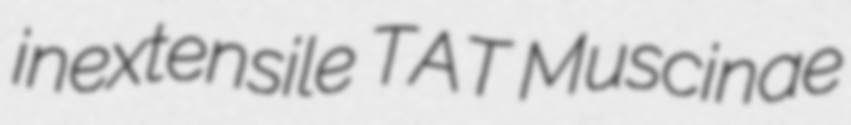
inextensile TAT Muscinae